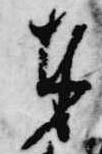
奉